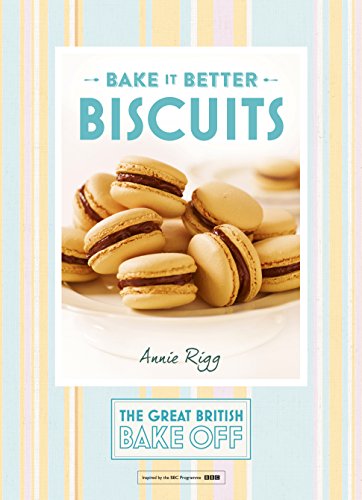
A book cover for Bake it Better: Biscuits (The Great British Bake Off); The Great British Bake Off; Cookbooks, Food & Wine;